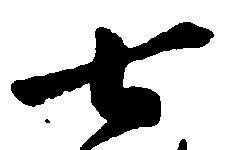
七